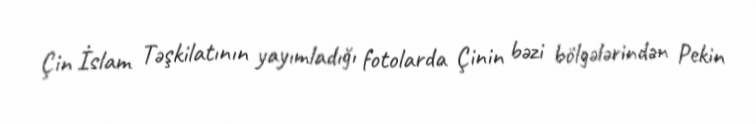
Çin İslam Təşkilatının yayımladığı fotolarda Çinin bəzi bölgələrindən Pekin